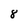
Character: 8